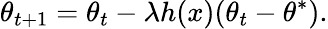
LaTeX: \theta_{t+1}=\theta_{t}-\lambda h(x)(\theta_{t}-\theta^{*}).